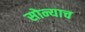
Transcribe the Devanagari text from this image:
सोन्याच